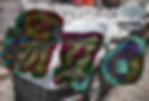
তীব্রও